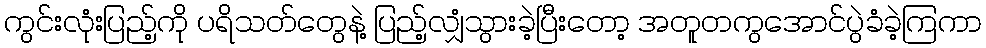
ကွင်းလုံးပြည့်ကို ပရိသတ်တွေနဲ့ ပြည့်လျှံသွားခဲ့ပြီးတော့ အတူတကွအောင်ပွဲခံခဲ့ကြကာ